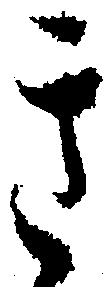
き